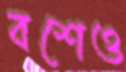
বশেও